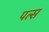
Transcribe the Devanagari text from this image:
पत्स